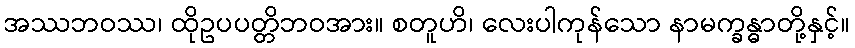
အဿဘဝဿ၊ ထိုဥပပတ္တိဘဝအား။ စတူဟိ၊ လေးပါကုန်သော နာမက္ခန္ဓာတို့နှင့်။